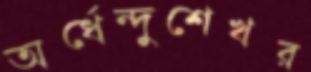
অর্ধেন্দুশেখর